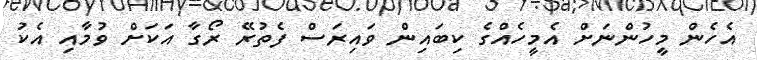
އެހެން މީހުންނަށް އެމީހެއްގެ ކިބައިން ވައިރަސް ފެތުރޭ ރޯގާ އަކަށް ވުމާއި އެކު